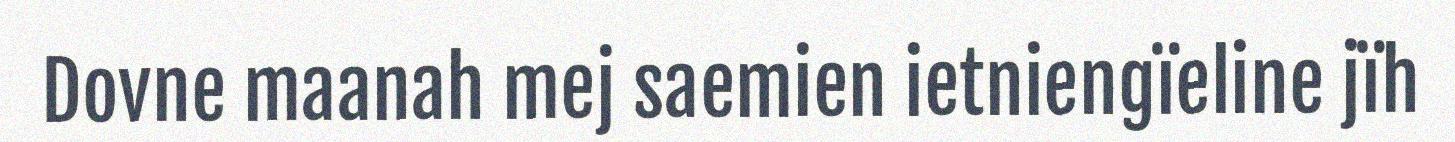
Dovne maanah mej saemien ietniengïeline jïh